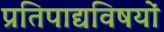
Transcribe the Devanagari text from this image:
प्रतिपाद्यविषयों